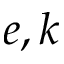
e , k